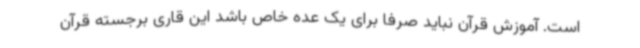
است. آموزش قرآن نباید صرفا برای یک عده خاص باشد این قاری برجسته قرآن